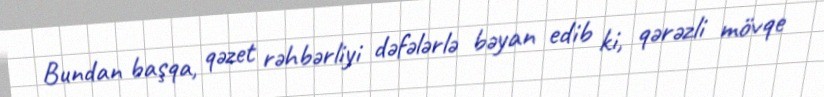
Bundan başqa, qəzet rəhbərliyi dəfələrlə bəyan edib ki, qərəzli mövqe